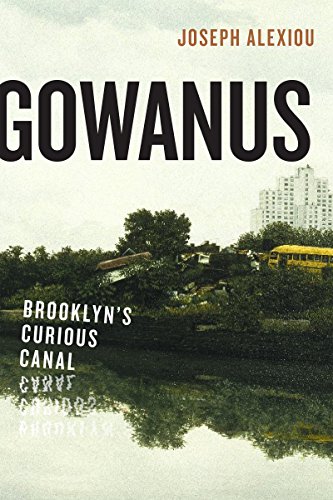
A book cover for Gowanus: Brooklyn's Curious Canal; Joseph Alexiou; Engineering & Transportation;